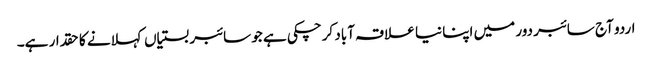
اردو آج سائبر دور میں اپنا نیا علاقہ آباد کرچکی ہے جو سائبر بستیاں کہلانے کا حقدار ہے۔